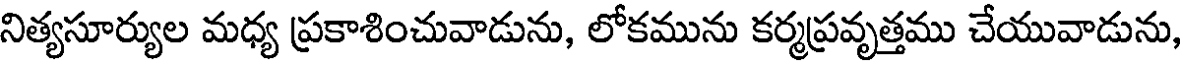
నిత్యసూర్యుల మధ్య ప్రకాశించువాడును, లోకమును కర్మప్రవృత్తము చేయువాడును,